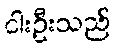
ငါးဦးသည်